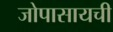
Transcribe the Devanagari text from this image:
जोपासायची